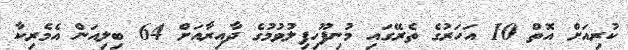
ކުރިއަށް އޮތް 10 އަހަރުގެ ތެރޭގައި މުނިފޫހިފިލުވުމުގެ ދާއިރާއަށް 64 ބިލިއަން އެމެރިކާ